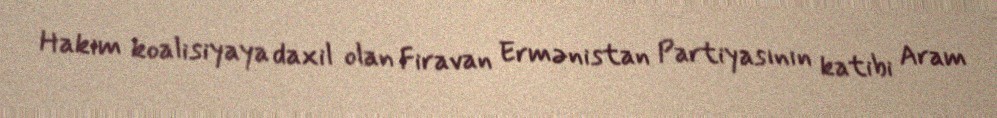
Hakim koalisiyaya daxil olan Firavan Ermənistan Partiyasının katibi Aram